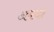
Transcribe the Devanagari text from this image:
अकदा